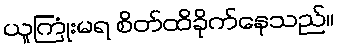
ယူကြုံးမရ စိတ်ထိခိုက်နေသည်။